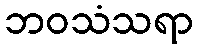
ဘဝသံသရာ